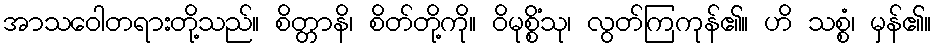
အာသဝေါတရားတို့သည်။ စိတ္တာနိ၊ စိတ်တို့ကို။ ဝိမုစ္စိံသု၊ လွတ်ကြကုန်၏။ ဟိ သစ္စံ၊ မှန်၏။